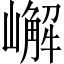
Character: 嶰